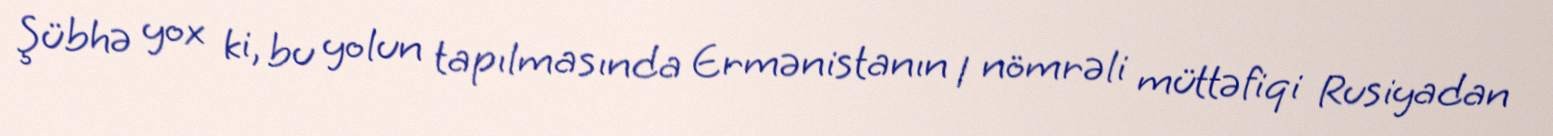
Şübhə yox ki, bu yolun tapılmasında Ermənistanın 1 nömrəli müttəfiqi Rusiyadan